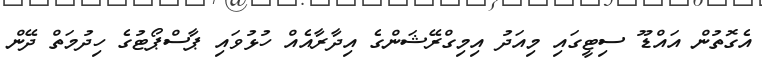
އެގޮތުން އައްޑޫ ސިޓީގައި މިއަދު އިމިގްރޭޝަންގެ އިދާރާއެއް ހުޅުވައި ޕާސްޕޯޓުގެ ހިދުމަތް ދޭން